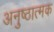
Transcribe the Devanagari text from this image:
अनुष्ठात्मक